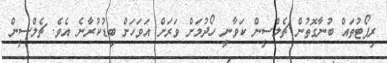
ރިޕޯޓުތައް ބުނާގޮތުން ޗެލްސީން ކަވާނީ ހޯދުމަށް ވަރަށް އަވަހަށް ބިޑުކުރާނެ އެވެ. ޗެލްސީން